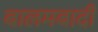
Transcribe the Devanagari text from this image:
बालमबादी